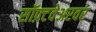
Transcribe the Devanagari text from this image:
सॉफ़्टवेअरवर